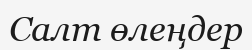
Салт өлеңдер